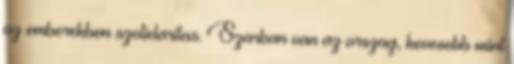
az emberekben szolidaritas. Szarban van az orszag, kevesebb mint